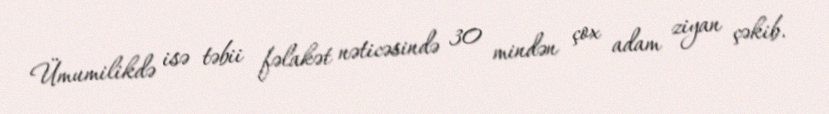
Ümumilikdə isə təbii fəlakət nəticəsində 30 mindən çox adam ziyan çəkib.